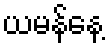
ယမန်နေ့